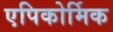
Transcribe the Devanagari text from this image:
एपिकोर्मिक